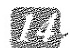
14.